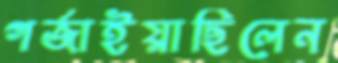
গর্‌জাইয়াছিলেন